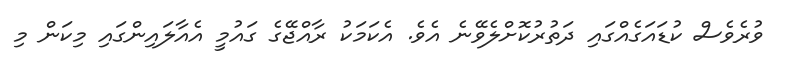
ވުރެވެސް ކުޑައަގެއްގައި ދަތުރުކޮށްލެވޭނެ އެވެ. އެކަމަކު ރާއްޖޭގެ ގައުމީ އެއާލައިންގައި މިކަން މި